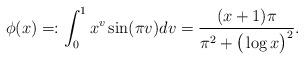
LaTeX: \begin{align*}\phi(x)=:\int_0^1x^v\sin(\pi v)dv=\frac{(x+1)\pi}{\pi^2+\big(\log x\big)^2}.\end{align*}